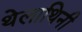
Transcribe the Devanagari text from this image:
थेलाथिनी